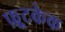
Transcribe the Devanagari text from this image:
फ़्रूटकेक